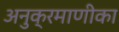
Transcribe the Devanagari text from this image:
अनुक्रमाणीका